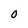
Character: 0